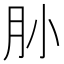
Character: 𰮃